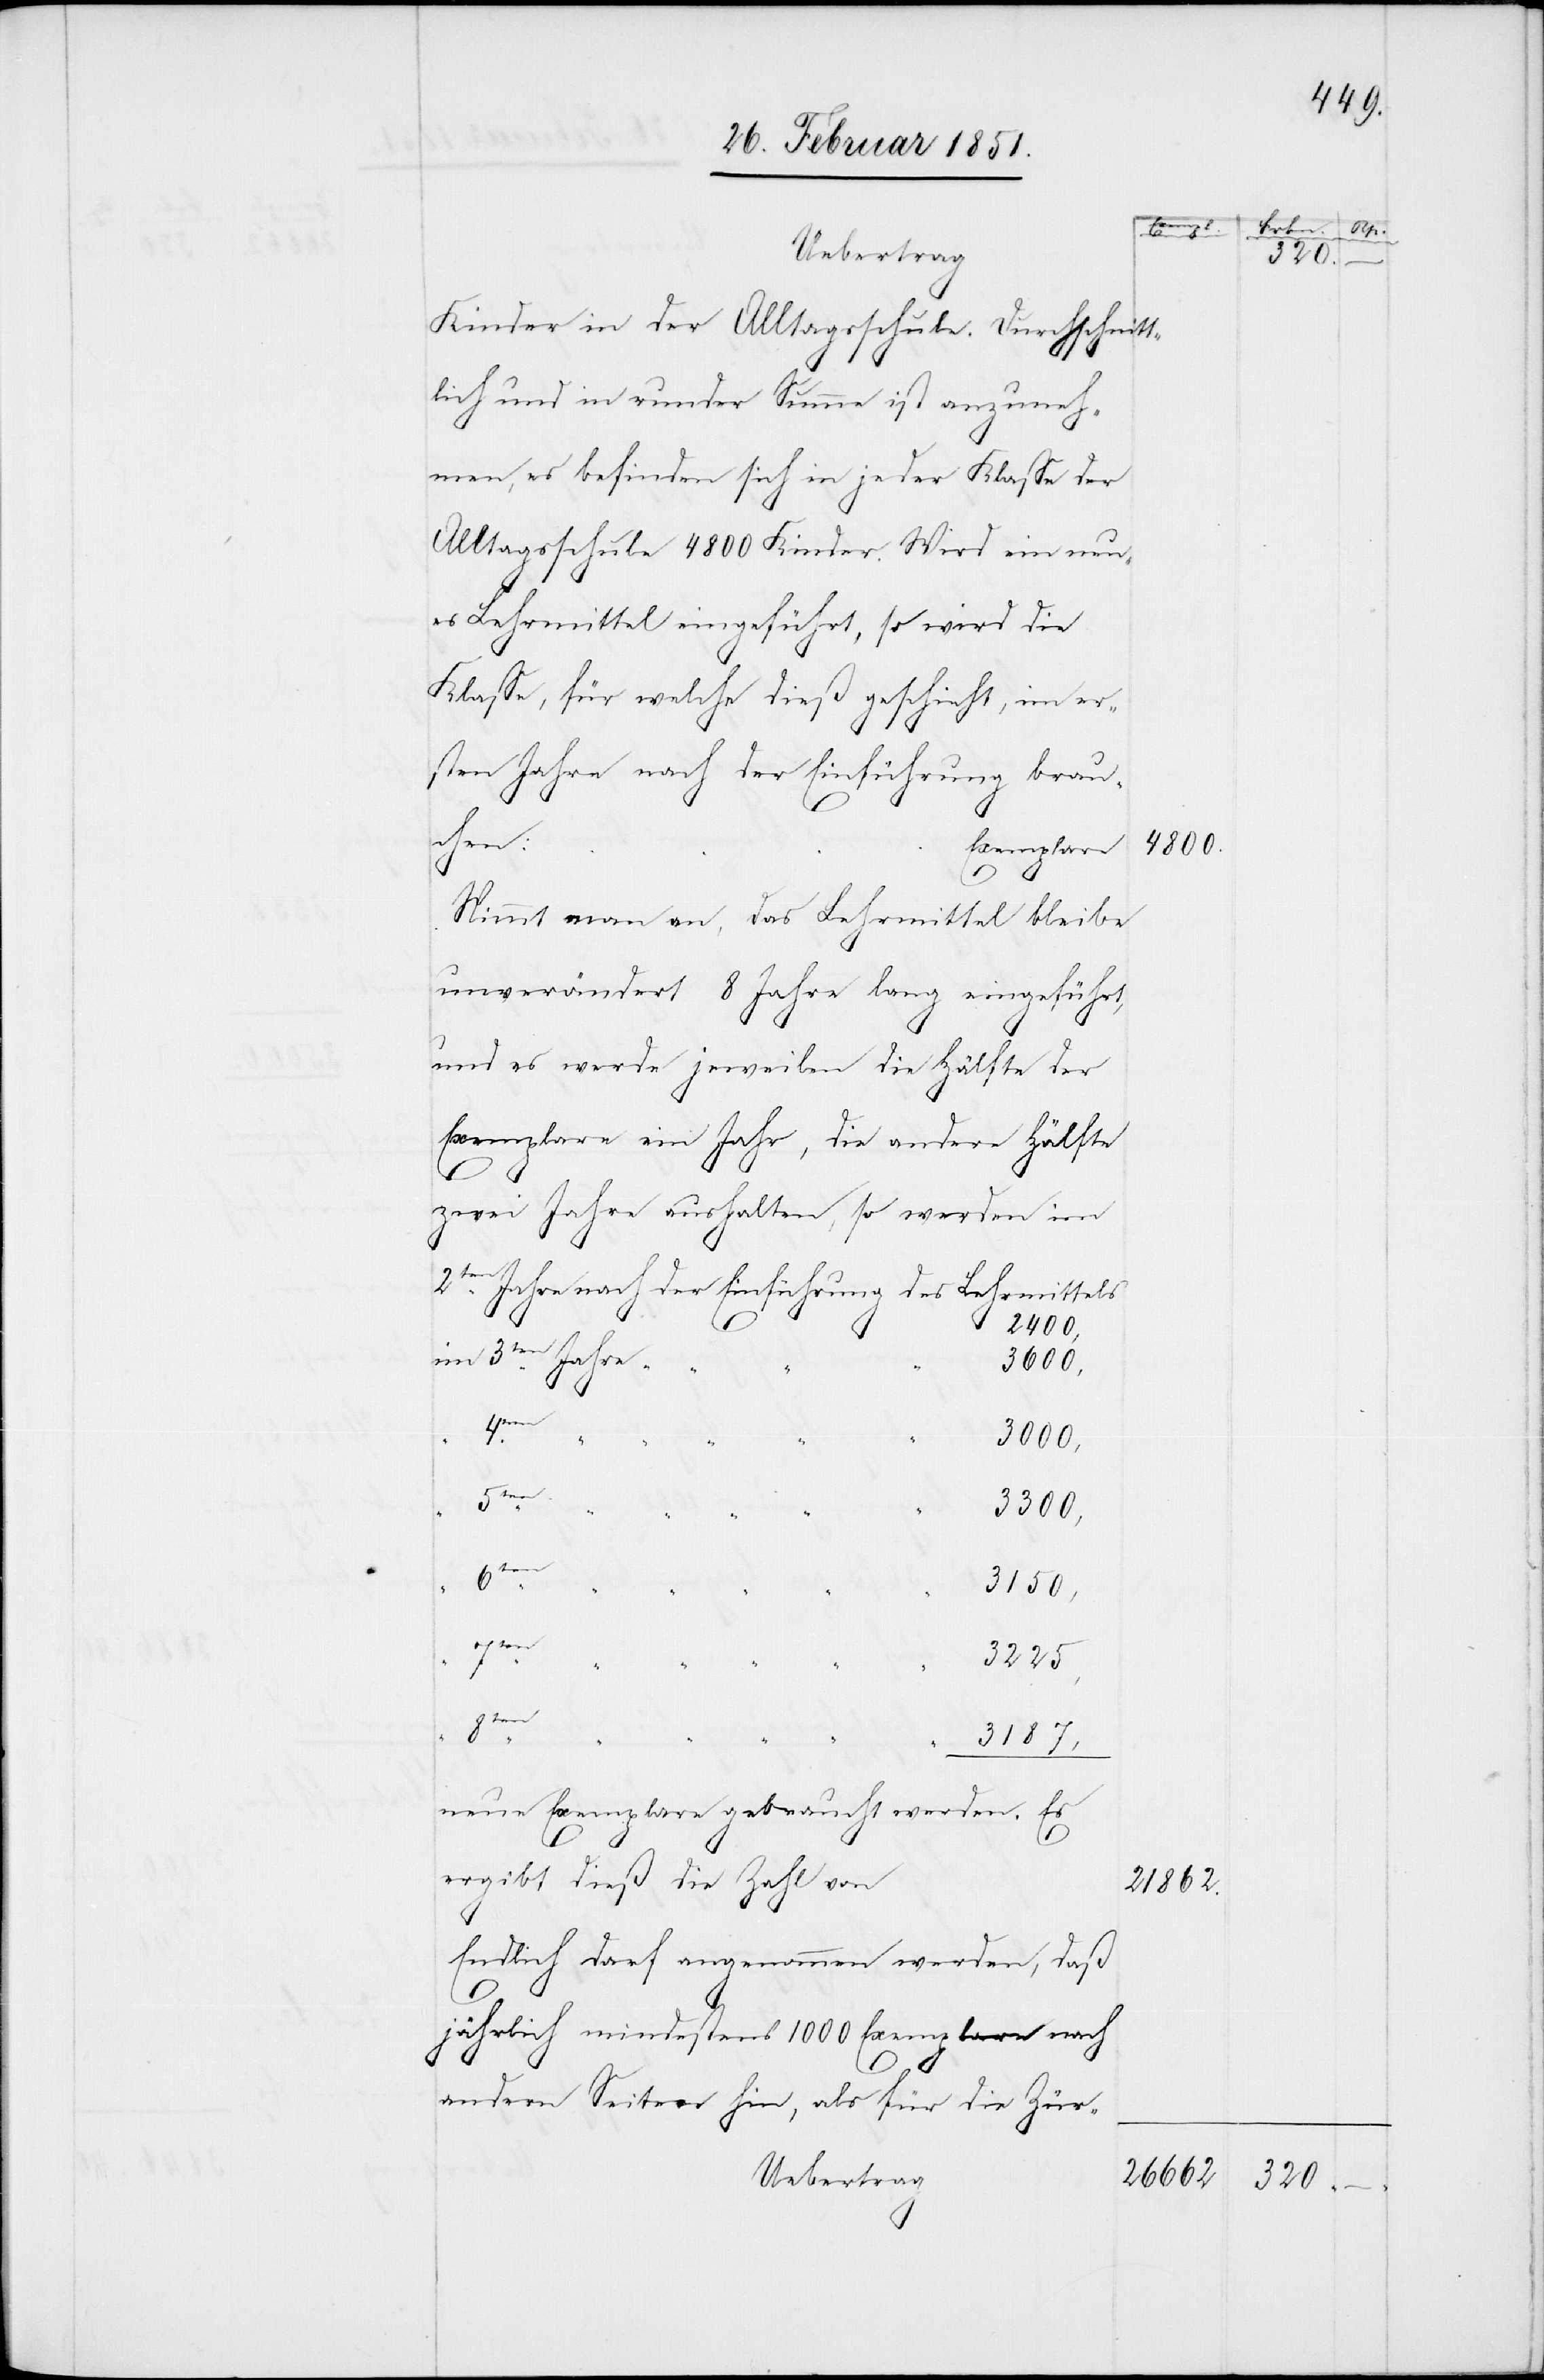
“ “
Uebertrag
Kinder in der Alltagsschule. Durchschnitt¬
lich und in runder Summe ist anzuneh¬
men, es befinden sich in jeder Klasse der
Alltagsschule 4800 Kinder. Wird ein neu¬
es Lehrmittel eingeführt, so wird die
sten Jahre nach der Einführung brau¬
chen:
Exemplare
4800.
Nimmt man an, das Lehrmittel bleibe
unverändert 8 Jahre lang eingeführt,
und es werde jeweilen die Hälfte der
Exemplare ein Jahr, die andere Hälfte
zwei Jahre aushalten, so werden
2te¬
n Jahre nach der Einführung des Lehrmittels
2400,
3ten Jahre
3600,
er¬
3000,
5ten
3300,
ge¬
3150,
7ten
3225,
8ten
3187,
neue Exemplare gebraucht werden. Es
ergibt dieß die Zahl von
Endlich darf angenommen werden, daß
jährlich mindestens 1000 Exemplare nach
“
andern Seiten hin, als für die Zür-
Uebertrag

21862.
26662

320

320.
–